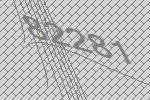
82281